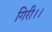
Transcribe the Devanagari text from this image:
गिरी।।